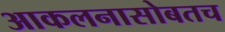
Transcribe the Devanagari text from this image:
आकलनासोबतच